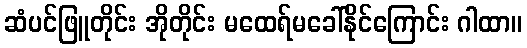
ဆံပင်ဖြူတိုင်း အိုတိုင်း မထေရ်မခေါ်နိုင်ကြောင်း ဂါထာ။